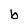
Character: b